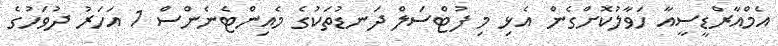
އެމްއާރްޑީސީއާ ހަވާލުކޮށްގެން އެޅި މި ފުޓްސަލް ދަނޑުތަކުގެ މެއިންޓެނެންސް 1 އަހަރު ދުވަހުގެ